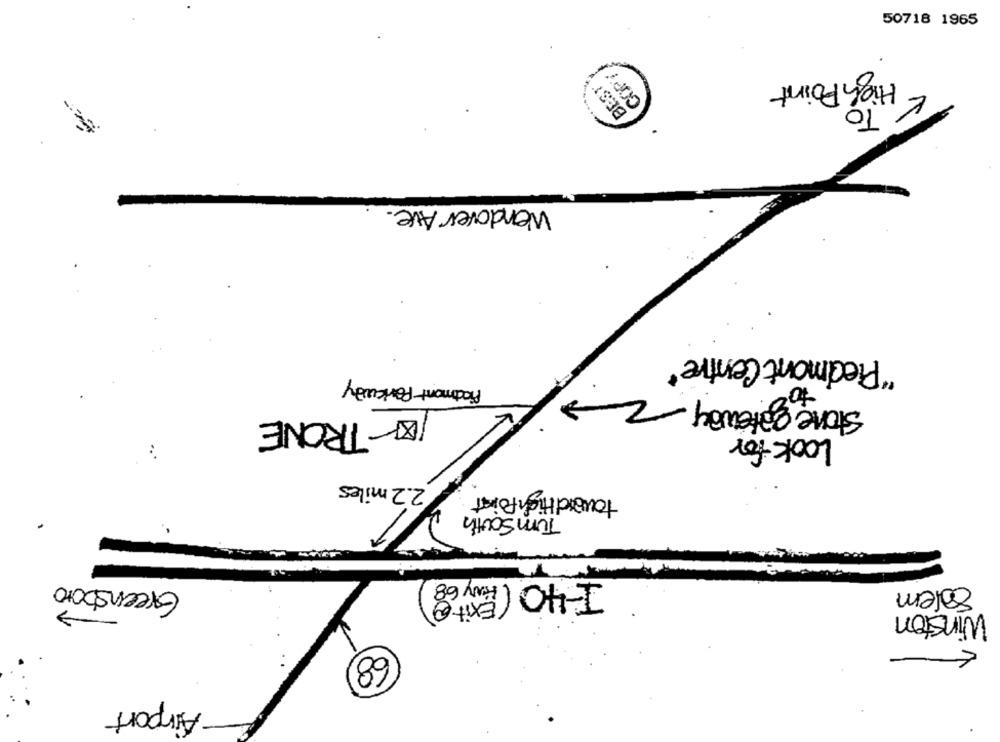
50718 1965
COPY
BEST
High Point
E TO
Wendover Ave.
"Piedmont Centre"
Piedmont Parkway
Stone gateway 2
- TRONE
Look for
2.2 miles
toward High Point
Turn South
Greensboro
Solem
I-40 (Exit@
Winston
68,
Airport